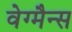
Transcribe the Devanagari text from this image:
वेग्मैन्स